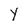
Character: Y